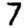
Digit: 7